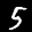
Label: 5